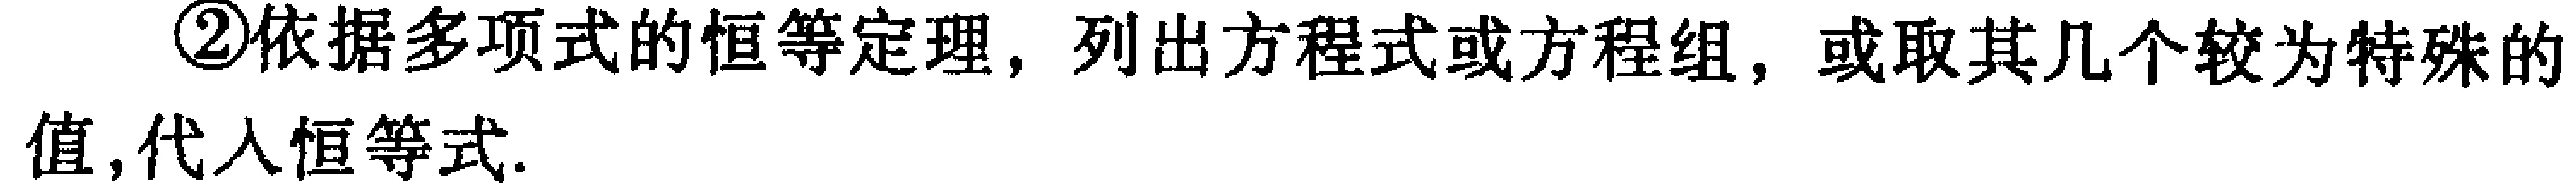
\textcircled{2}依据多项式的恒等定理，列出方程式或方程组，或取其几个较为特殊的值，代入恒等式.